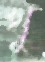
থু